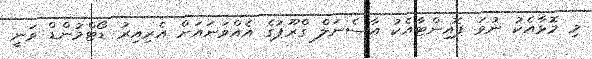
މި މޮޅާއެކު ނުވަ ޕޮއިންޓާއެކު އާސެނަލް ގްރޫޕުގެ އެއްވަނައަށް އެރިއިރު ޑޯޓްމުންޑް ވަނީ